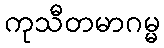
ကုသီတမာဂမ္မ